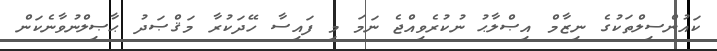
ކައުންސިލްތަކުގެ ނިޒާމް އިޞްލާޙު ނުކުރެވިއްޖެ ނަމަ މި ފައިސާ ހޭދަކުރާ މަޤްޞަދު ޙާޞިލްނުވާނެކަން